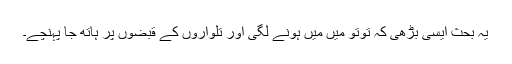
یہ بحث ایسی بڑھی کہ توتو میں میں ہونے لگی اور تلواروں کے قبضوں پر ہاتھ جا پہنچے۔